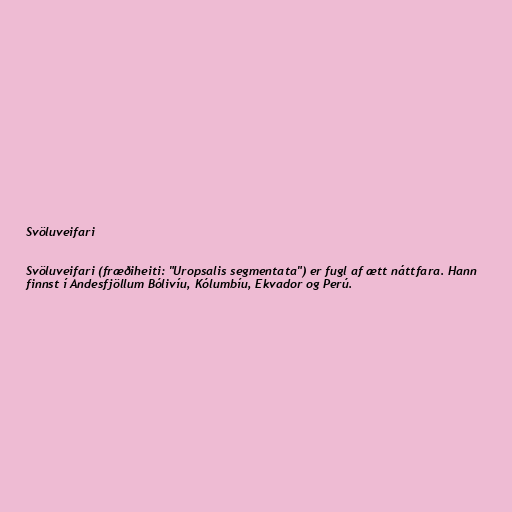
Svöluveifari

Svöluveifari (fræðiheiti: "Uropsalis segmentata") er fugl af ætt náttfara. Hann
finnst í Andesfjöllum Bólivíu, Kólumbíu, Ekvador og Perú.